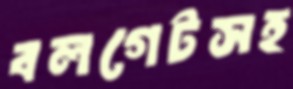
বলগেটসহ